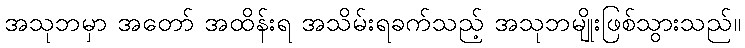
အသုဘမှာ အတော် အထိန်းရ အသိမ်းရခက်သည့် အသုဘမျိုးဖြစ်သွားသည်။